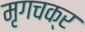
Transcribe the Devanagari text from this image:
मृगचक्र